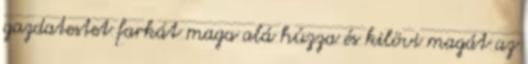
gazdatestet farkát maga alá húzza és kilövi magát az